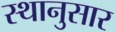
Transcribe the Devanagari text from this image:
स्थानुसार